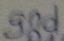
Text: gnd